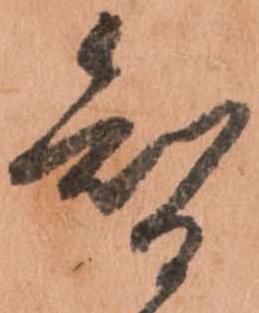
智